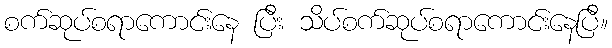
စက်ဆုပ်စရာကောင်းနေ ပြီး သိပ်စက်ဆုပ်စရာကောင်းနေပြီ။